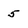
Character: 5